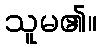
သူမ၏။